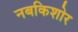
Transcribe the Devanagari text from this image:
नबकिशोर